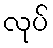
လုပ်